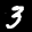
Label: 3